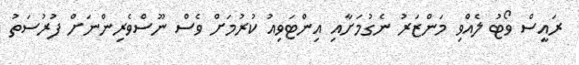
ރައީސް ވޯޓު ލެއްވި މަންޒަރު ނެގުމަށާއި އިންޓަވިއު ކުރުމަށް ވެސް ނޫސްވެރިންނަށް ފުރުސަތު